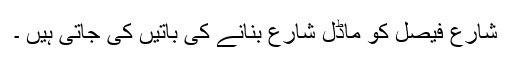
شارع فیصل کو ماڈل شارع بنانے کی باتیں کی جاتی ہیں ۔